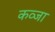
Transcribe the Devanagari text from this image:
कव्जा